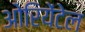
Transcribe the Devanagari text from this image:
ओरियेंटेल